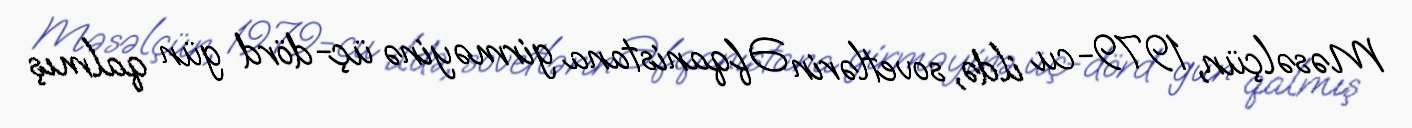
Məsəlçün, 1979-cu ildə, sovetlərin Əfqanistana girməyinə üç-dörd gün qalmış